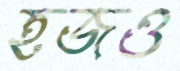
হজও